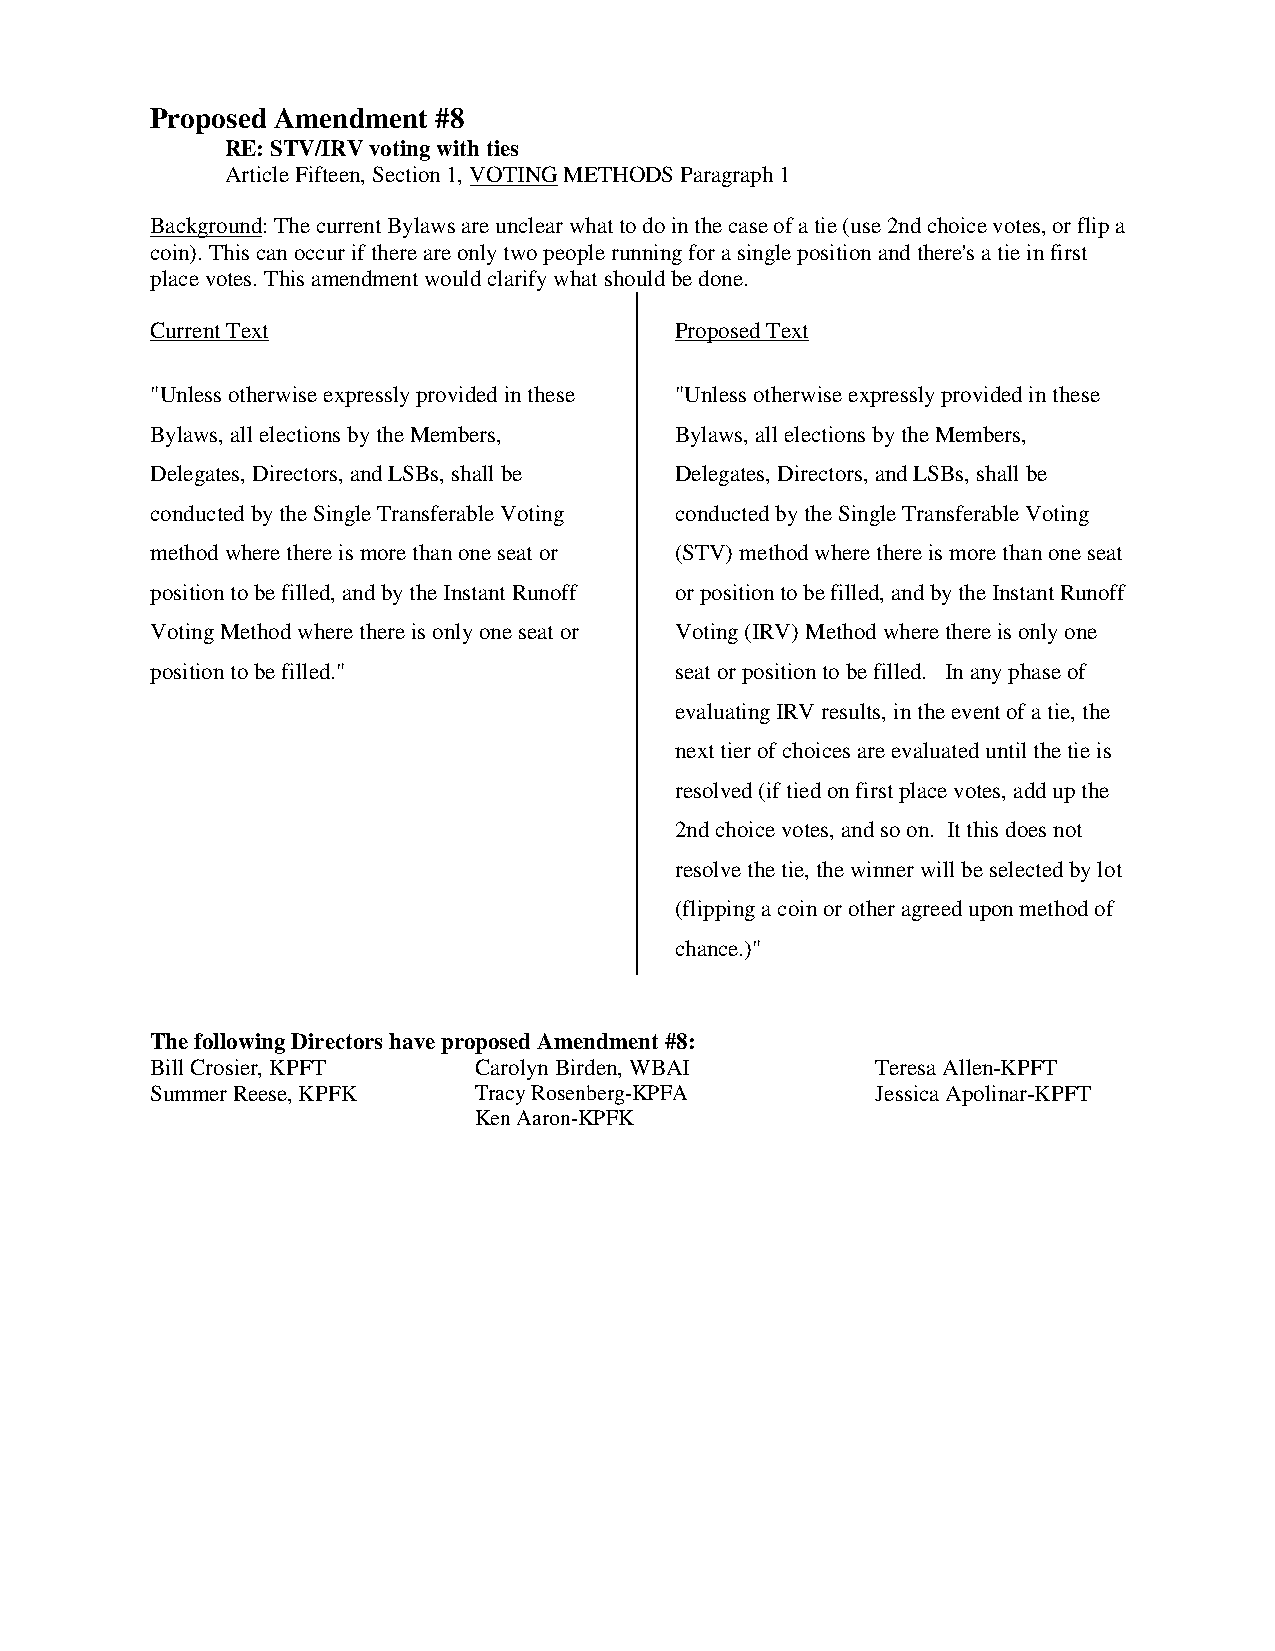
Proposed Amendment #8
 RE: STV/IRV voting with ties
 Article Fifteen, Section 1, VOTING METHODS Paragraph 1
 Background: The current Bylaws are unclear what to do in the case of a tie (use 2nd choice votes, or flip a
 coin). This can occur if there are only two people running for a single position and there's a tie in first
 place votes. This amendment would clarify what should be done.
 Current Text                       Proposed Text
 "Unless otherwise expressly provided in these "Unless otherwise expressly provided in these
 Bylaws, all elections by the Members, Bylaws, all elections by the Members,
 Delegates, Directors, and LSBs, shall be Delegates, Directors, and LSBs, shall be
 conducted by the Single Transferable Voting conducted by the Single Transferable Voting
 method where there is more than one seat or (STV) method where there is more than one seat
 position to be filled, and by the Instant Runoff or position to be filled, and by the Instant Runoff
 Voting Method where there is only one seat or Voting (IRV) Method where there is only one
 position to be filled."            seat or position to be filled. In any phase of
 evaluating IRV results, in the event of a tie, the
 next tier of choices are evaluated until the tie is
 resolved (if tied on first place votes, add up the
 2nd choice votes, and so on. It this does not
 resolve the tie, the winner will be selected by lot
 (flipping a coin or other agreed upon method of
 chance.)"
 The following Directors have proposed Amendment #8:
 Bill Crosier, KPFT   Carolyn Birden, WBAI       Teresa Allen-KPFT
 Summer Reese, KPFK   Tracy Rosenberg-KPFA       Jessica Apolinar-KPFT
 Ken Aaron-KPFK